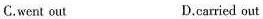
C.went out D.carried out